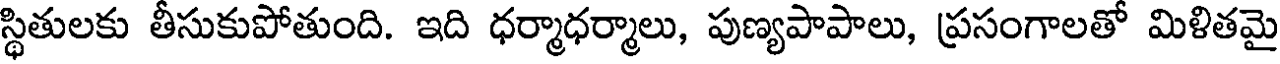
స్థితులకు తీసుకుపోతుంది. ఇది ధర్మాధర్మాలు, పుణ్యపాపాలు, ప్రసంగాలతో మిళితమై